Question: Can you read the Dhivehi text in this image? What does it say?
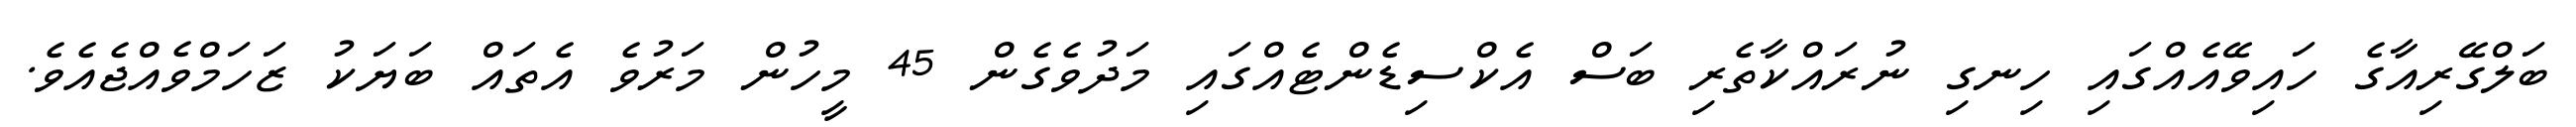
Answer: ބަލްގޭރިއާގެ ހައިވޭއެއްގައި ހިނގި ނުރައްކާތެރި ބަސް އެކްސިޑެންޓެއްގައި މަދުވެގެން 45 މީހުން މަރުވެ އެތައް ބަޔަކު ޒަހަމްވެއްޖެއެވެ.